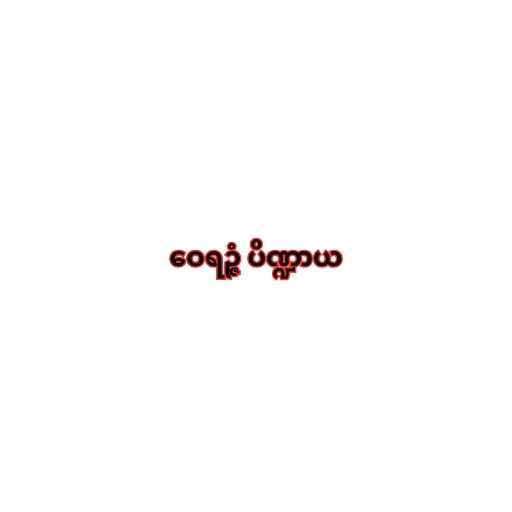
ဝေရဉ္ဇံ ပိဏ္ဍာယ